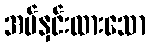
အပ်နှင်းထားသော